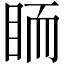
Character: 𥅡